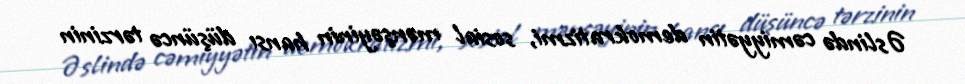
Əslində cəmiyyətin demokratizmi, sosial mənşəyinin hansı düşüncə tərzinin